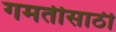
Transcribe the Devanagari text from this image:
गमतीसाठी